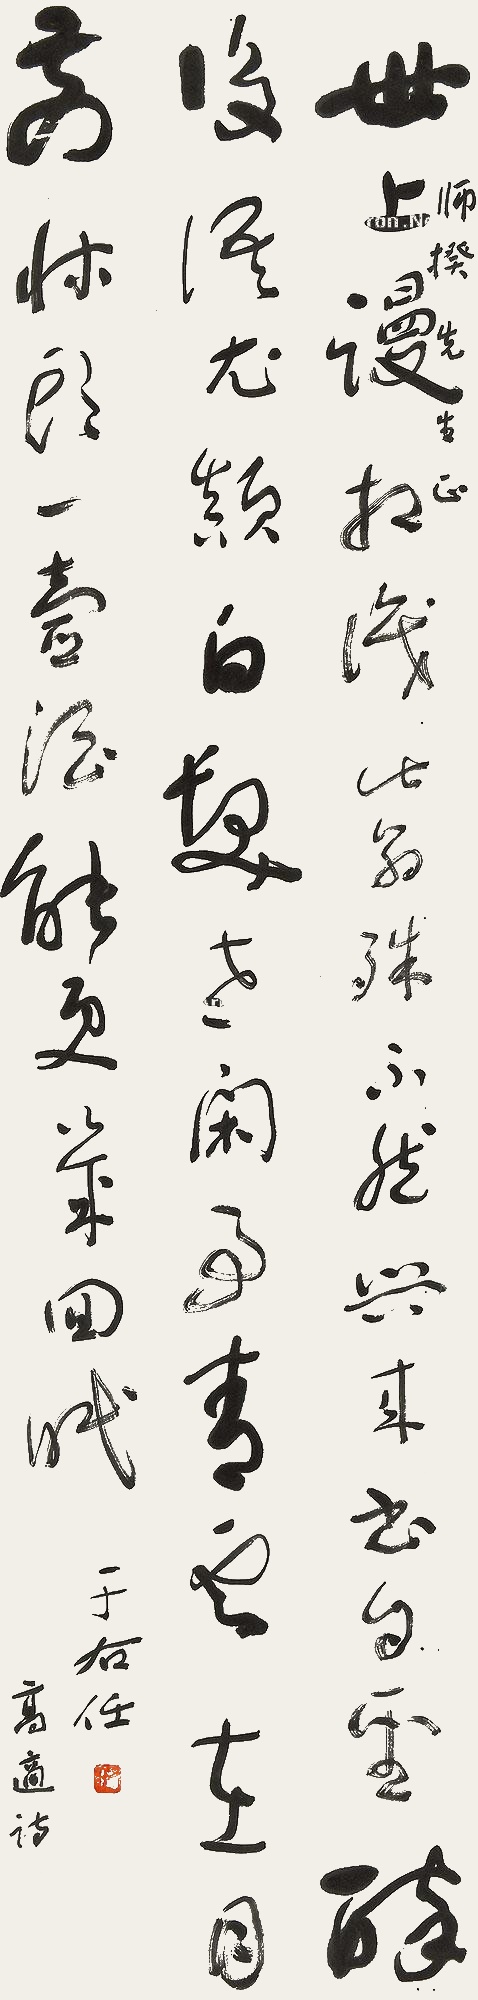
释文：世上谩相识，此翁殊不然。兴来书自圣，醉后语尤颠。白发老闲事，青云在目前。床头一壶酒，能更几回眠。师揆先生正，于右任。高适诗。